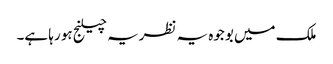
ملک میں بوجوہ یہ نظریہ چیلنج ہو رہا ہے۔